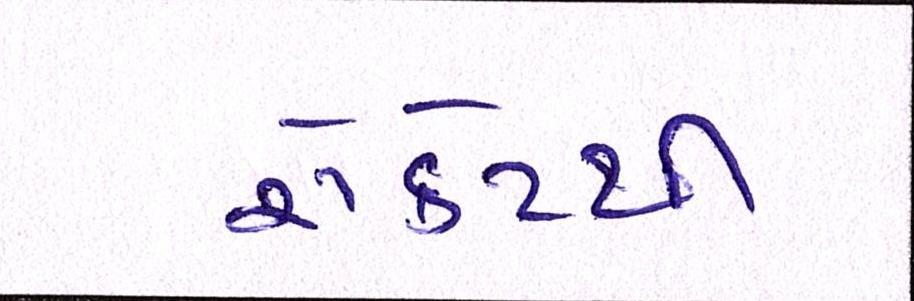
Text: રોકેટથી